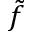
\tilde { f }